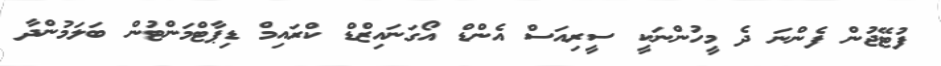
ފުޓޭޖުން ފެންނަ ދެ މީހުންނަކީ ސީރިއަސް އެންޑް އޯގަނައިޒްޑް ކްރައިމް ޑިޕާޓްމަންޓުން ބަލަމުންދާ